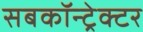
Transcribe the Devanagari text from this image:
सबकॉन्ट्रेक्टर